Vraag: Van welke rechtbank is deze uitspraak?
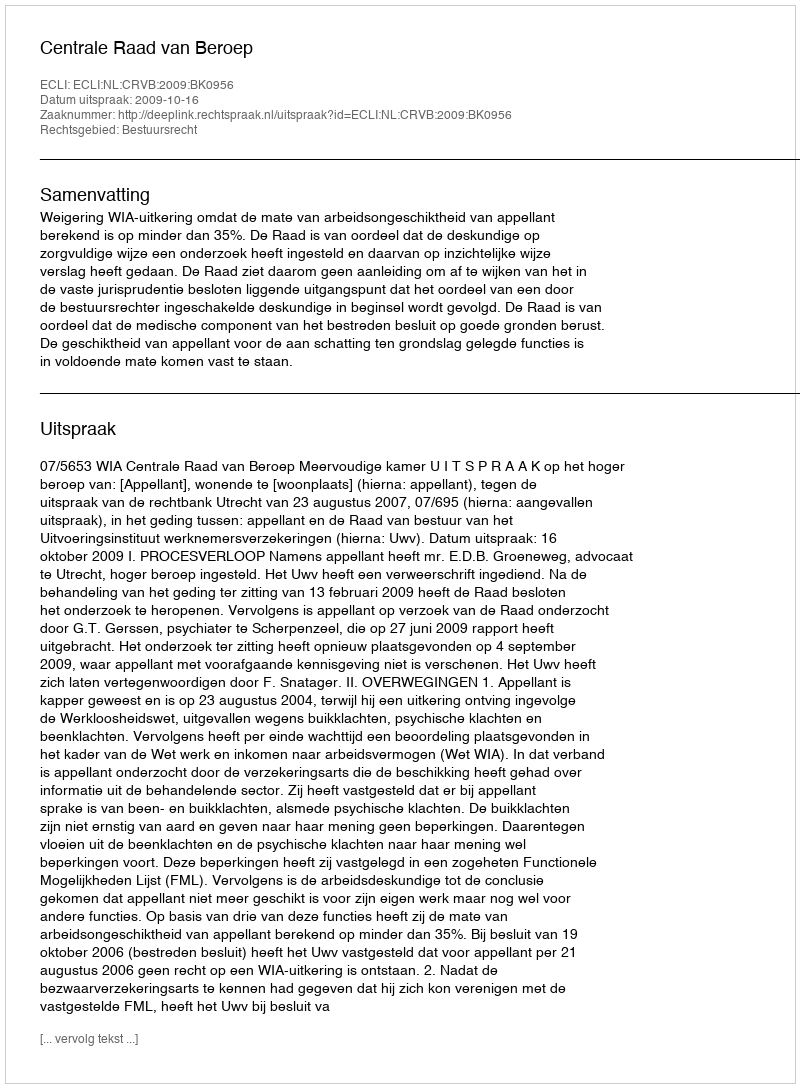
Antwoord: Centrale Raad van Beroep